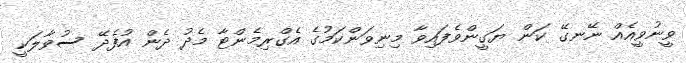
ވީނުވީއެއް ނޭނގޭ ކަން ޔަގީންވެފައިވާ މިނިވަންކަމުގެ އެގްރިމެންޓާ މެދު ދެން އުފެދޭ ސުވާލަކީ